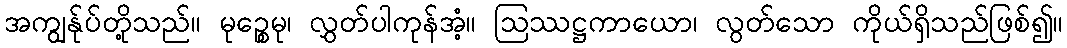
အကျွန်ုပ်တို့သည်။ မုဉ္စေမု၊ လွှတ်ပါကုန်အံ့။ ဩဿဋ္ဌကာယော၊ လွတ်သော ကိုယ်ရှိသည်ဖြစ်၍။